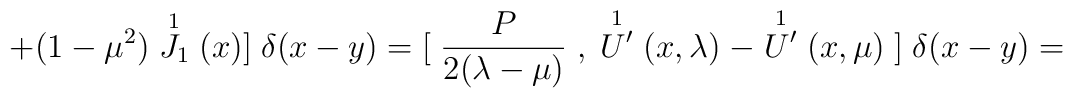
+(1-\mu^{2}) \stackrel{1}{J_{1}}(x) {]} \; \delta(x-y)=  \\{[}\;\frac{P}{2(\lambda-\mu)}\;,\;\stackrel{1}{U^{\prime}}(x,\lambda) \; -  \stackrel{1}{U^{\prime}}(x,\mu)\;{]} \; \delta(x-y) =